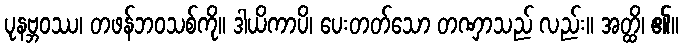
ပုနဗ္ဘဝဿ၊ တဖန်ဘဝသစ်ကို။ ဒါယိကာပိ၊ ပေးတတ်သော တဏှာသည် လည်း။ အတ္ထိ၊ ၏။